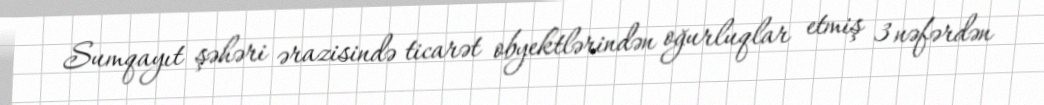
Sumqayıt şəhəri ərazisində ticarət obyektlərindən oğurluqlar etmiş 3 nəfərdən